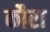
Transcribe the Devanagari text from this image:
कौरा